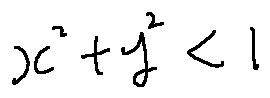
x ^ { 2 } + y ^ { 2 } < 1